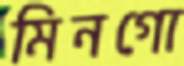
মিনগো